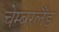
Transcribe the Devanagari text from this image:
चेम्बरलैंड